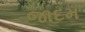
જાદમ